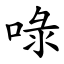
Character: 㖨